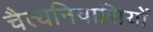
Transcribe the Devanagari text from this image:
चैत्यनिवासियों